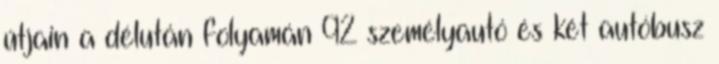
útjain a délután folyamán 92 személyautó és két autóbusz